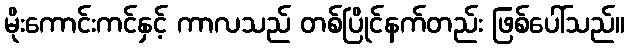
မိုးကောင်းကင်နှင့် ကာလသည် တစ်ပြိုင်နက်တည်း ဖြစ်ပေါ်သည်။